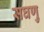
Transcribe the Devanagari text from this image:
सघणु